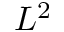
L ^ { 2 }